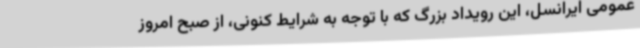
عمومی ایرانسل، این رویداد بزرگ که با توجه به شرایط کنونی، از صبح امروز